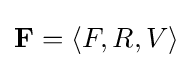
\mathbf {F} =\langle F,R,V\rangle